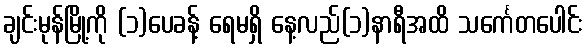
ချင်းမုန်မြို့ကို (၁)ပေခန့် ရေမရှိ နေ့လည်(၁)နာရီအထိ သင်္ကေတပေါင်း